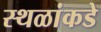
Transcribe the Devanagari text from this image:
स्थळांकडे